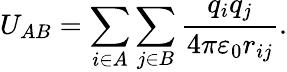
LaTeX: U_{AB}=\sum_{i\in A}\sum_{j\in B}{\frac{q_{i}q_{j}}{4\pi\varepsilon_{0}r_{ij}}}.